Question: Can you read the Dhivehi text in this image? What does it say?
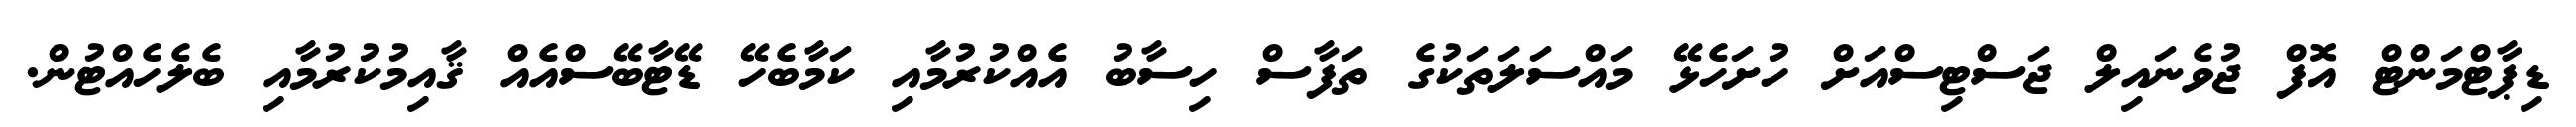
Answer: ޑިޕާޓްމަންޓް އޮފް ޖުވެނައިލް ޖަސްޓިސްއަށް ހުށަހެޅޭ މައްސަލަތަކުގެ ތަފާސް ހިސާބު އެއްކުރުމާއި ކަމާބެހޭ ޑޭޓާބޭސްއެއް ޤާއިމުކުރުމާއި ބެލެހެއްޓުން.